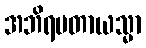
အဘိရမတာယသ္မာ